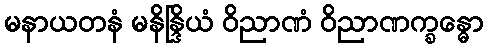
မနာယတနံ မနိန္ဒြိယံ ဝိညာဏံ ဝိညာဏက္ခန္ဓော